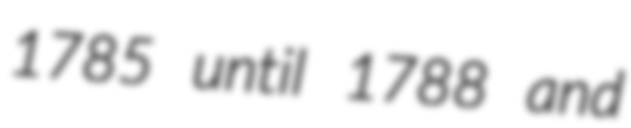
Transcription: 1785 until 1788 and